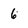
Character: 6